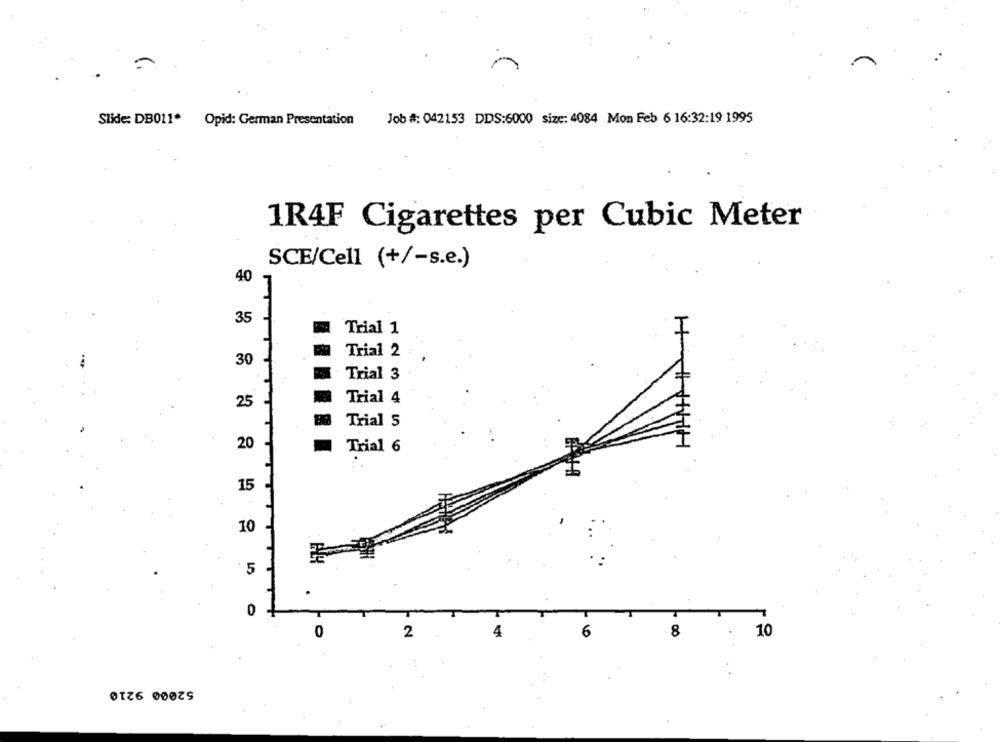
Slide: DB011. Opid: German Presentation
Job #: 042153 DDS:6000 size: 4084 Mon Feb 6 16:32:19 1995
1R4F Cigarettes per Cubic Meter
SCE/Cell (+/-s.e.)
40
35
Trial 1
Trial 2
30
Trial 3
Trial 4
25
Trial 5
20
Trial 6
15
10
5
0
6
10
0
2
4
8
52000 9210